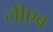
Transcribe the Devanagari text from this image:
लीएब